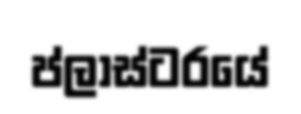
ප්ලාස්ටරයේ